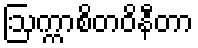
ဩက္ကာစိတဝိနီတာ